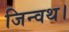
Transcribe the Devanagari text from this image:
जिन्वथ।